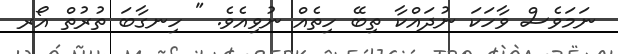
ނަަމަވެސް ވާހަކަ ނުދައްކާ ތިބޭ ހިތެއް ނުވިއެވެ. " ހިނގާބަ ތުރުތް އޯރ